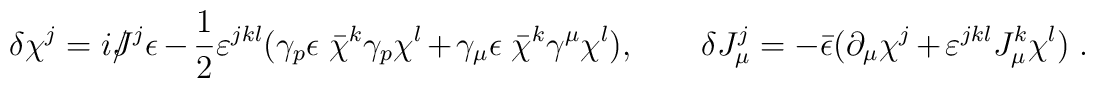
\delta \chi^j= i/\kern-.5em J^j \epsilon -\frac 12 \varepsilon^{jkl} (\gamma_p \epsilon ~\bar \chi^k \gamma_p \chi^l + \gamma_\mu \epsilon ~ \bar \chi^k \gamma^\mu \chi^l ) ,\qquad \delta J_\mu^j=-\bar\epsilon(\partial_\mu \chi^j + \varepsilon^{jkl} J_\mu ^k\chi^l)~.